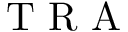
{ \mathrm { ~ T ~ R ~ A ~ } }